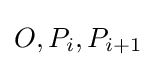
O,P_{i},P_{i+1}